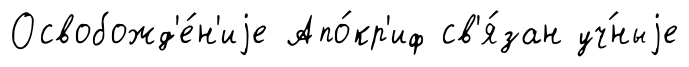
Освобожд'е́н'иjе Апо́кр'иф св'я́зан уч́ныjе